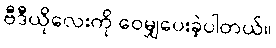
ဗီဒီယိုလေးကို ဝေမျှပေးခဲ့ပါတယ်။